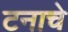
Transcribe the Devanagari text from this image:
टनाचे